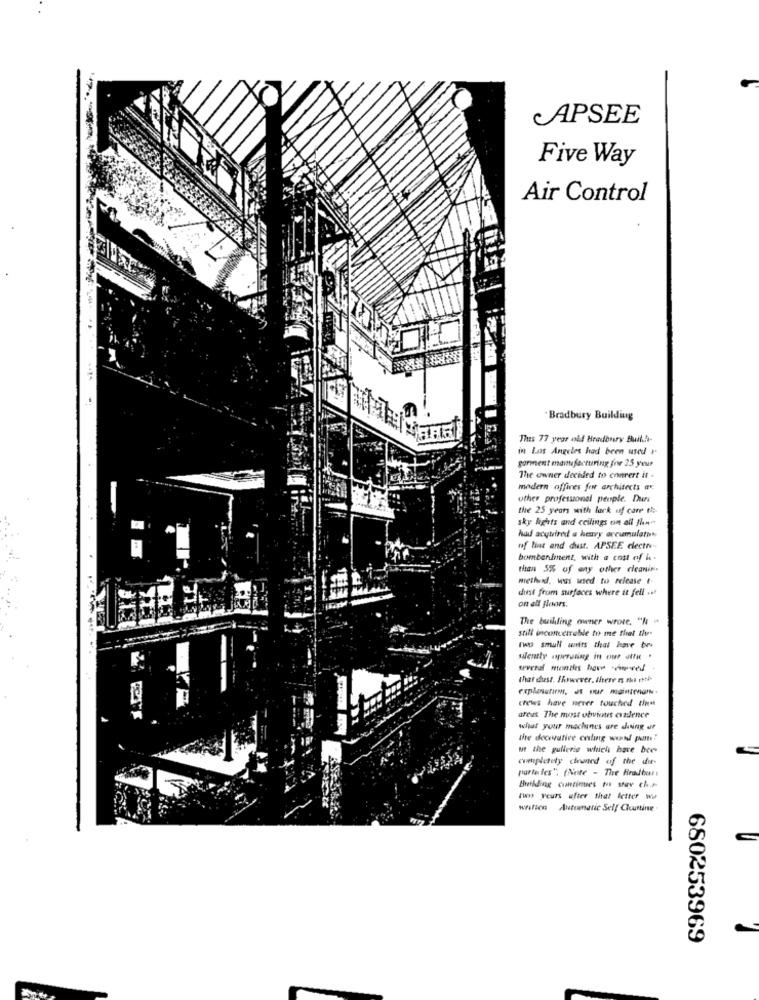
APSEE
Five Way
Air Control
Bradbury Building
Thes 77 year old Bradbury Builla-
in Los Angeles had been used I
garment manufacturing for 25 your
The owner decided to convert it -
modern offices for architects av.
other professionel people. Durs
the 25 years with lack of care the-
ky lights and ceilings on all fhn-
had acquired a heavy accumulato*
of lint and dust. APSEE electne-
bombardment, with a cost of i-
than 5% of any other cleanin.
method, was used to release t.
dust from surfaces where it fell ..
on alf floors.
The builling owner wrote, "N "
still inconcetreble to me that the.
Two small werits that have bre
silently operating in our attR .
that dust. Ihowever, there Is Phi roth
crews have never touched tient
ares The most obvious cadence
what your machines are chning ar
the decorative celang wind pomme!
Mt the gulleris which have bee
completely cleaned of the die-
parte les". (Note - The Rradius:
rus years after that letter ww
wallen Automatic Self Cleuntine
680253969